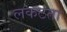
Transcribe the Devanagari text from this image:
लकटता